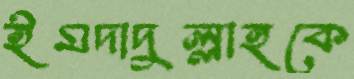
ইমদাদুল্লাহকে